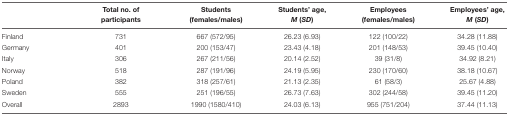
<table><thead><tr><td></td><td><b>Total no. of participants</b></td><td><b>Students (females/males)</b></td><td><b>Students’ age, <i>M</i> (<i>SD</i>)</b></td><td><b>Employees (females/males)</b></td><td><b>Employees’ age, <i>M</i> (<i>SD</i>)</b></td></tr></thead><tbody><tr><td>Finland</td><td>731</td><td>667 (572/95)</td><td>26.23 (6.93)</td><td>122 (100/22)</td><td>34.28 (11.88)</td></tr><tr><td>Germany</td><td>401</td><td>200 (153/47)</td><td>23.43 (4.18)</td><td>201 (148/53)</td><td>39.45 (10.40)</td></tr><tr><td>Italy</td><td>306</td><td>267 (211/56)</td><td>20.14 (2.52)</td><td>39 (31/8)</td><td>34.92 (8.21)</td></tr><tr><td>Norway</td><td>518</td><td>287 (191/96)</td><td>24.19 (5.95)</td><td>230 (170/60)</td><td>38.18 (10.67)</td></tr><tr><td>Poland</td><td>382</td><td>318 (257/61)</td><td>21.13 (2.35)</td><td>61 (58/3)</td><td>25.67 (4.88)</td></tr><tr><td>Sweden</td><td>555</td><td>251 (196/55)</td><td>26.73 (7.63)</td><td>302 (244/58)</td><td>39.45 (11.20)</td></tr><tr><td>Overall</td><td>2893</td><td>1990 (1580/410)</td><td>24.03 (6.13)</td><td>955 (751/204)</td><td>37.44 (11.13)</td></tr></tbody></table>